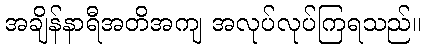
အချိန်နာရီအတိအကျ အလုပ်လုပ်ကြရသည်။